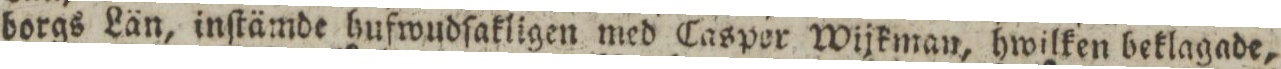
borgs Län, inſtämde hufwudſakligen med Casper Wijkman, hwilken beklagade,